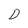
Character: D